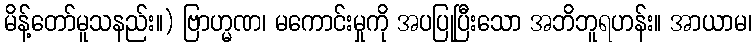
မိန့်တော်မူသနည်း။) ဗြာဟ္မဏ၊ မကောင်းမှုကို အပပြုပြီးသော အဘိဘူရဟန်း။ အာယာမ၊